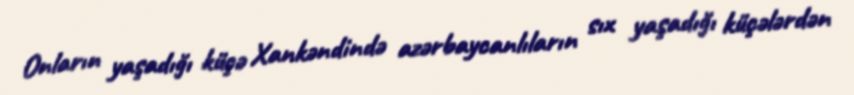
Onların yaşadığı küçə Xankəndində azərbaycanlıların sıx yaşadığı küçələrdən